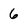
Character: 6